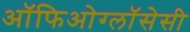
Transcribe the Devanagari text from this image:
ऑफिओग्लॉसेसी